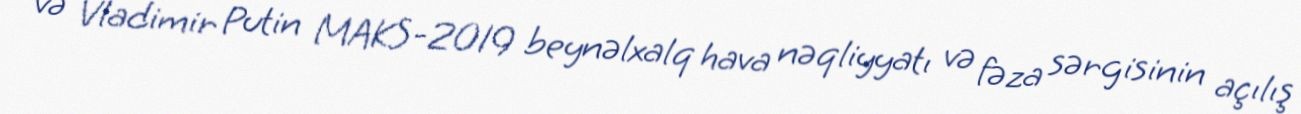
və Vladimir Putin MAKS-2019 beynəlxalq hava nəqliyyatı və fəza sərgisinin açılış